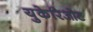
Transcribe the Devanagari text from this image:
युकेरिओट